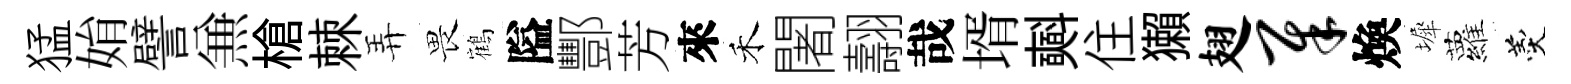
猛姢譬𠔥槍棘弄畏鶴隘酆芳來禾闍翿哉壻𣂏住獺翅犀煥墀蘿羹